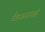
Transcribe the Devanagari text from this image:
बेलदारवाडी